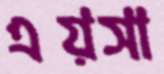
এয়সা